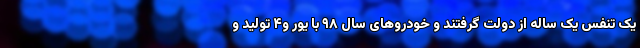
یک تنفس یک ساله از دولت گرفتند و خودروهای سال ۹۸ با یور و۴ تولید و